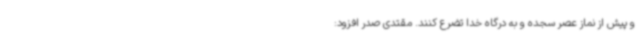
و پیش از نماز عصر سجده و به درگاه خدا تضرع کنند. مقتدی صدر افزود: